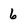
Character: 6